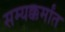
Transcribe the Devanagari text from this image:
सम्यक्कर्मांत